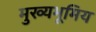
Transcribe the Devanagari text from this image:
मुख्यभूमिय